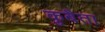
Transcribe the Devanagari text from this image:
कुबैता